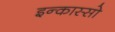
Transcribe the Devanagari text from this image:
इन्कास्सो